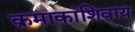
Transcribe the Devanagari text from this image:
क्रमाकांशिवाय